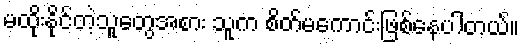
မထိုးနိုင်တဲ့သူတွေအစား သူက စိတ်မကောင်းဖြစ်နေပါတယ်။